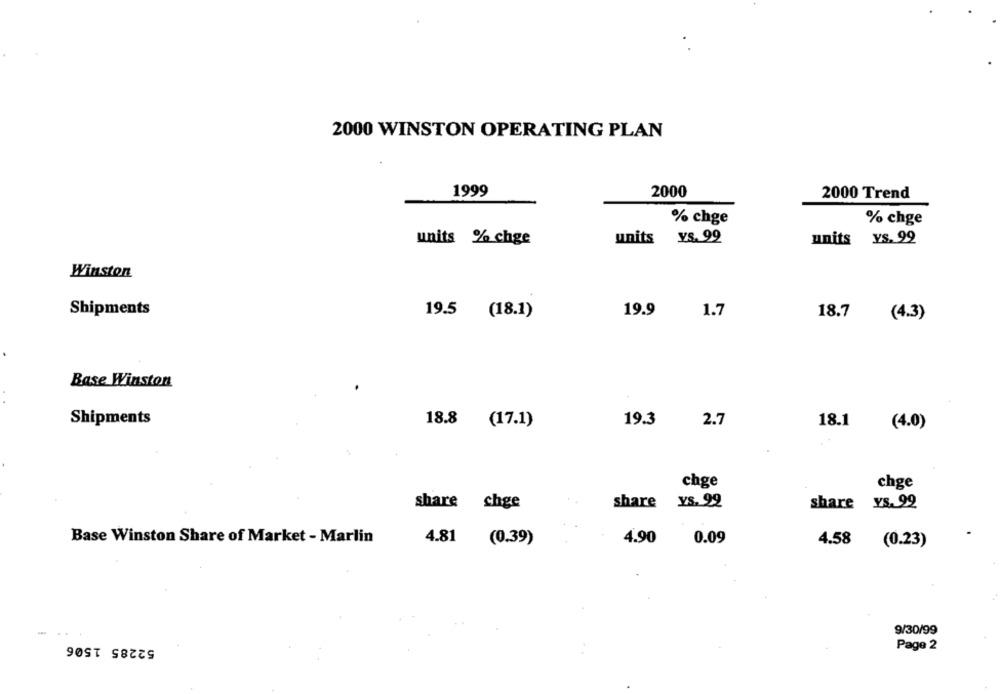
2000 WINSTON OPERATING PLAN
1999
2000
2000 Trend
% chge
% chge
units % chge
units ys. 99
units YS. 99
Winston
Shipments
19.9
19.5 (18.1)
1.7
18.7
(4.3)
Base Winston
Shipments
19.3
2.7
18.1
18.8 (17.1)
(4.0)
chge
chge
share chge
share Ys. 22
share ys. 92
Base Winston Share of Market - Marlin
4.81 (0.39)
4.90
0.09
4.58
(0.23)
9/30/99
52285 1506
Page 2